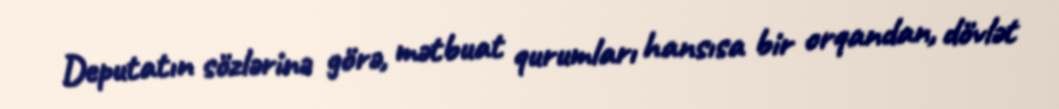
Deputatın sözlərinə görə, mətbuat qurumları hansısa bir orqandan, dövlət